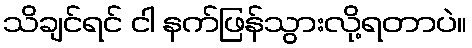
သိချင်ရင် ငါ နက်ဖြန်သွားလို့ရတာပဲ။